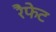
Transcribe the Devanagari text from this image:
रैफेट